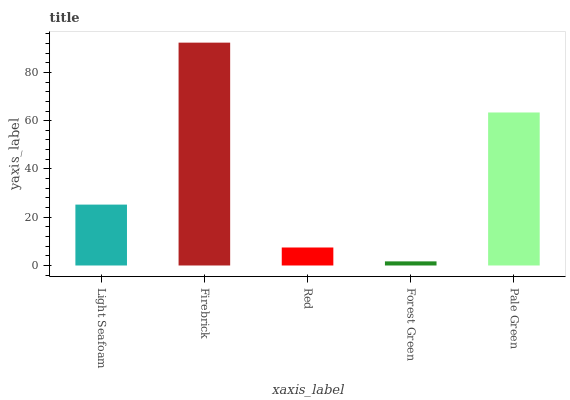
| xaxis_label | bars |
 | --- | --- |
 | Light Seafoam | 25.2 |
 | Firebrick | 92.3 |
 | Red | 7.45 |
 | Forest Green | 1.71 |
 | Pale Green | 63.4 |